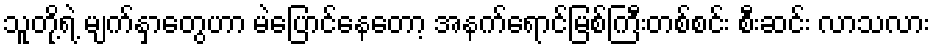
သူတို့ရဲ့ မျက်နှာတွေဟာ မဲပြောင်နေတော့ အနက်ရောင်မြစ်ကြီးတစ်စင်း စီးဆင်း လာသလား